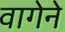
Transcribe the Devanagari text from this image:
वागेने